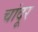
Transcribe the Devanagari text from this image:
चांदूर